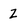
Character: Z